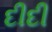
દીદી